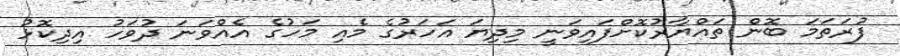
ފުރަތަމަ ބޮން ތައްޔާރުކޮށްފައިވަނީ މިދިޔަ އަހަރުގެ މެއި މަހުގެ އެއްވަނަ ދުވަހު އިދިކޮޅު